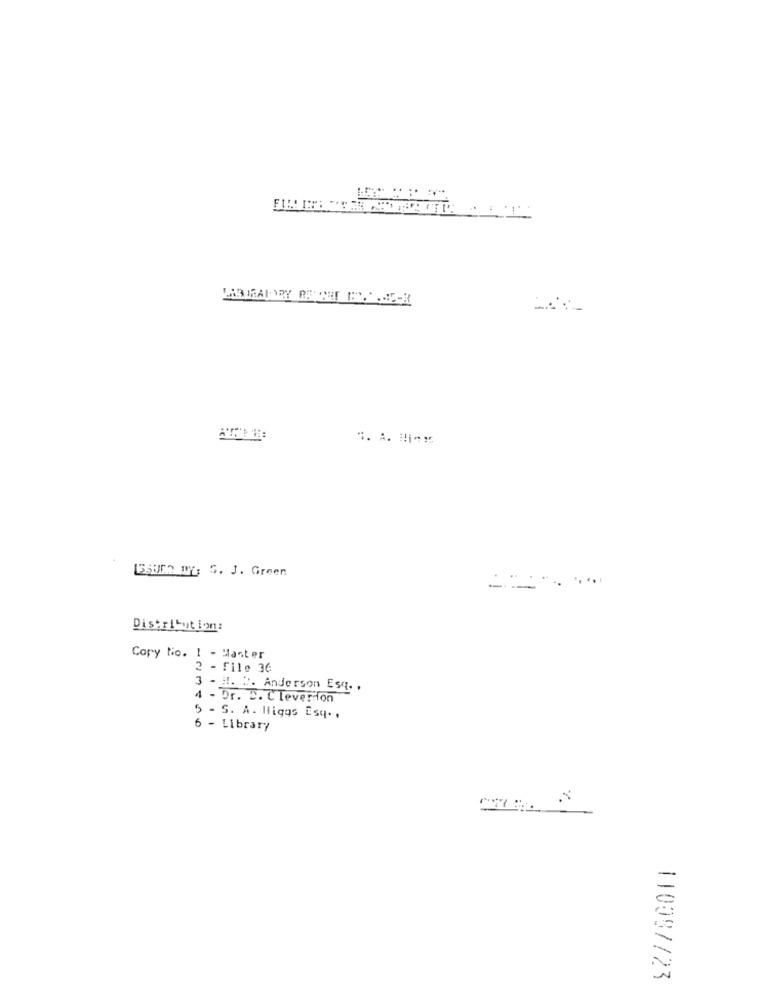
ISSUER IG S. J. Green
. .....
Distribution:
Copy No. 1 - Master
- File 36
3 - H !. ". Anderson Esq. ,
4 - Dr. D. Cleverdon
5 - S. A. Higgs Esq. .
6 - Library
110097/23